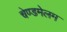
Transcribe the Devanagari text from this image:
चेण्डमेलम